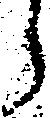
う